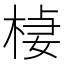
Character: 𣔃